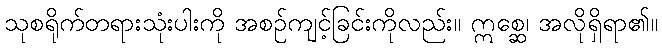
သုစရိုက်တရားသုံးပါးကို အစဉ်ကျင့်ခြင်းကိုလည်း။ ဣစ္ဆေ၊ အလိုရှိရာ၏။